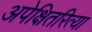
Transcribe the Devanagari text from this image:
अपेक्षितरित्या